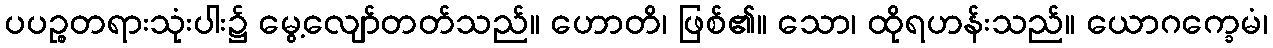
ပပဉ္စတရားသုံးပါး၌ မွေ့လျော်တတ်သည်။ ဟောတိ၊ ဖြစ်၏။ သော၊ ထိုရဟန်းသည်။ ယောဂက္ခေမံ၊